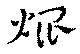
焜